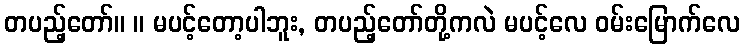
တပည့်တော်။ ။ မပင့်တော့ပါဘူး, တပည့်တော်တို့ကလဲ မပင့်လေ ဝမ်းမြောက်လေ